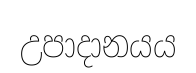
උපාදානයය